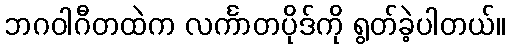
ဘဂဝါဂီတထဲက လင်္ကာတပိုဒ်ကို ရွတ်ခဲ့ပါတယ်။